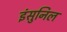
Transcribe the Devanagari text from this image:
इंसुनिल